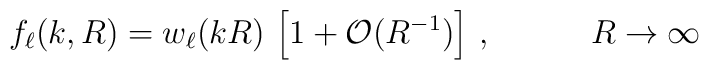
f_\ell(k,R) = w_\ell(kR) \,\left[1 + \mathcal{O}(R^{-1})\right]\,,\qquad\quad R \to\infty